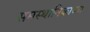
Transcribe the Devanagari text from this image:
समस्थानिकाच्या